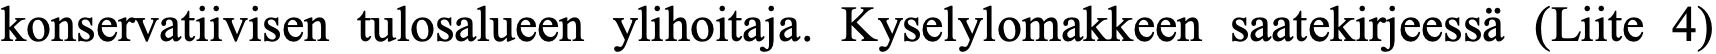
konservatiivisen tulosalueen ylihoitaja. Kyselylomakkeen saatekirjeessä (Liite 4)